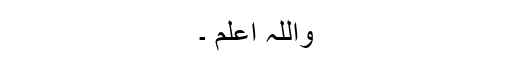
واللہ اعلم ۔